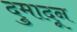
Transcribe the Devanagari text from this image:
दुमादून